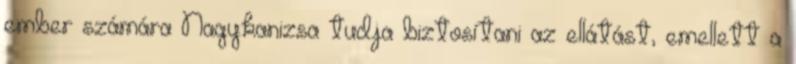
ember számára Nagykanizsa tudja biztosítani az ellátást, emellett a